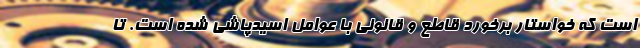
است که خواستار برخورد قاطع و قانونی با عوامل اسیدپاشی شده است. تا